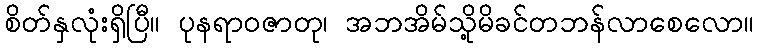
စိတ်နှလုံးရှိပြီ။ ပုနရာဝဇာတု၊ အဘအိမ်သို့မိခင်တဘန်လာစေလော။